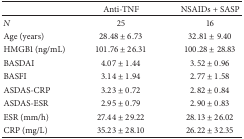
<table><thead><tr><td><b> </b></td><td><b>Anti-TNF</b></td><td><b>NSAIDs + SASP</b></td></tr></thead><tbody><tr><td><i>N</i></td><td>25</td><td>16</td></tr><tr><td>Age (years) </td><td>28.48 ± 6.73</td><td>32.81 ± 9.40</td></tr><tr><td>HMGB1 (ng/mL)</td><td>101.76 ± 26.31</td><td>100.28 ± 28.83</td></tr><tr><td>BASDAI </td><td>4.07 ± 1.44</td><td>3.52 ± 0.96</td></tr><tr><td>BASFI </td><td>3.14 ± 1.94</td><td>2.77 ± 1.58</td></tr><tr><td>ASDAS-CRP</td><td>3.23 ± 0.72</td><td>2.82 ± 0.84</td></tr><tr><td>ASDAS-ESR </td><td>2.95 ± 0.79</td><td>2.90 ± 0.83</td></tr><tr><td>ESR (mm/h)</td><td>27.44 ± 29.22</td><td>28.13 ± 26.02</td></tr><tr><td>CRP (mg/L)</td><td>35.23 ± 28.10</td><td>26.22 ± 32.35</td></tr></tbody></table>